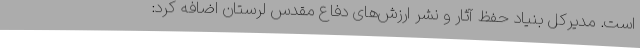
است. مدیرکل بنیاد حفظ آثار و نشر ارزش‌های دفاع مقدس لرستان اضافه کرد: